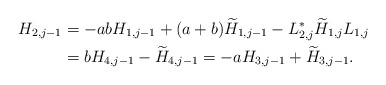
\begin{align*} H_{2,j-1} &= -ab H_{1,j-1} + (a+b) \widetilde H_{1,j-1} - L_{2,j}^*\widetilde H_{1,j}L_{1,j} \\ & = b H_{4,j-1}- \widetilde H_{4,j-1} = -a H_{3,j-1}+ \widetilde H_{3,j-1}. \end{align*}